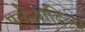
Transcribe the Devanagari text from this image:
पर्जन्यादिव्य